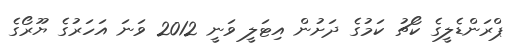
ޕްރަންޑެލީގެ ކޯޗު ކަމުގެ ދަށުން އިޓަލީ ވަނީ 2012 ވަނަ އަހަރުގެ ޔޫރޯގެ